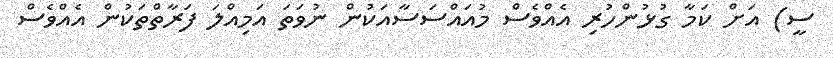
ސީ) އަށް ކަމާ ގުޅުންހުރި އެއްވެސް މުއައްސަސާއަކުން ނުވަތަ އަމިއްލަ ފަރާތްތަކުން އެއްވެސް